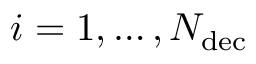
i = 1 , \dots , N _ { \mathrm { d e c } }